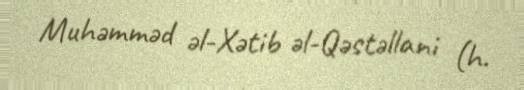
Muhəmməd əl-Xətib əl-Qəstəllani (h.